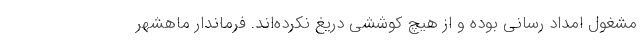
مشغول امداد رسانی بوده و از هیچ کوششی دریغ نکرده‌اند. فرماندار ماهشهر